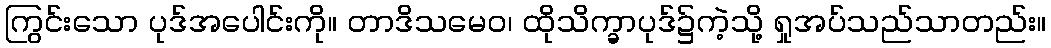
ကြွင်းသော ပုဒ်အပေါင်းကို။ တာဒိသမေဝ၊ ထိုသိက္ခာပုဒ်၌ကဲ့သို့ ရှုအပ်သည်သာတည်း။